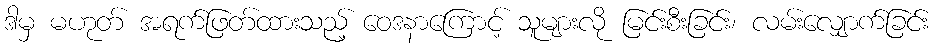
ဒါမှ မဟုတ် အရက်ဖြတ်ထားသည့် ဝေဒနာကြောင့် သူများလို မြင်းစီးခြင်း၊ လမ်းလျှောက်ခြင်း